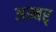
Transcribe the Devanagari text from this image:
अम्बर्